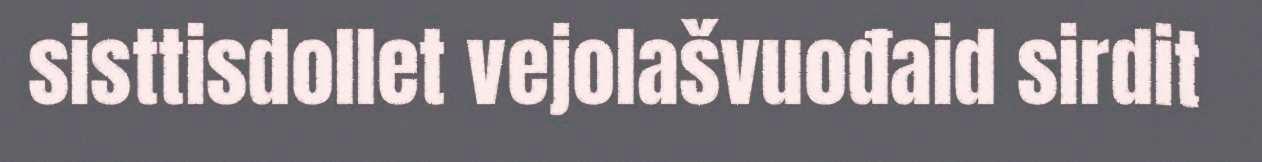
sisttisdollet vejolašvuođaid sirdit